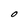
Character: O